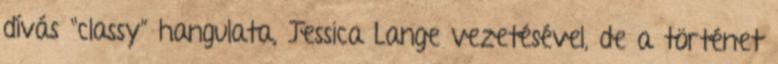
dívás “classy” hangulata, Jessica Lange vezetésével, de a történet